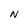
Character: N